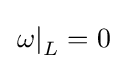
\left.\omega \right|_{L}=0